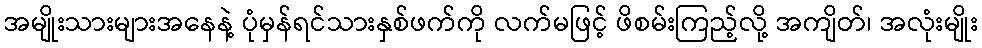
အမျိုးသားများအနေနဲ့ ပုံမှန်ရင်သားနှစ်ဖက်ကို လက်မဖြင့် ဖိစမ်းကြည့်လို့ အကျိတ်၊ အလုံးမျိုး